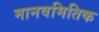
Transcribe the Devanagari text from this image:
मानवमितिक